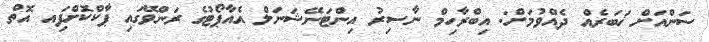
ސަންއަށް ޚަބަރެއް ދެއްވުމަށް: އިބްރާހިމް ނާސިރު އިންޓަނޭޝަނަލް އެއާޕޯޓުގެ ރަންވޭގައި ޕާކްކޮށްފަިއ އޮތް